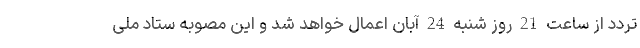
تردد از ساعت 21 روز شنبه 24 آبان اعمال خواهد شد و این مصوبه ستاد ملی